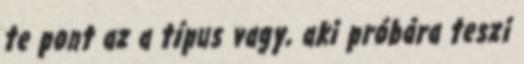
te pont az a típus vagy, aki próbára teszi